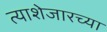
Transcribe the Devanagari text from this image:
त्याशेजारच्या